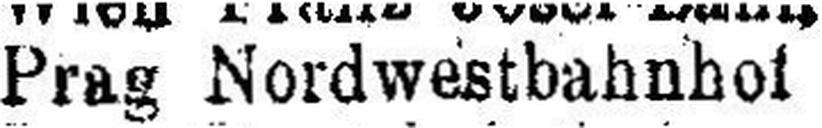
Prag Nordwestbahnhof